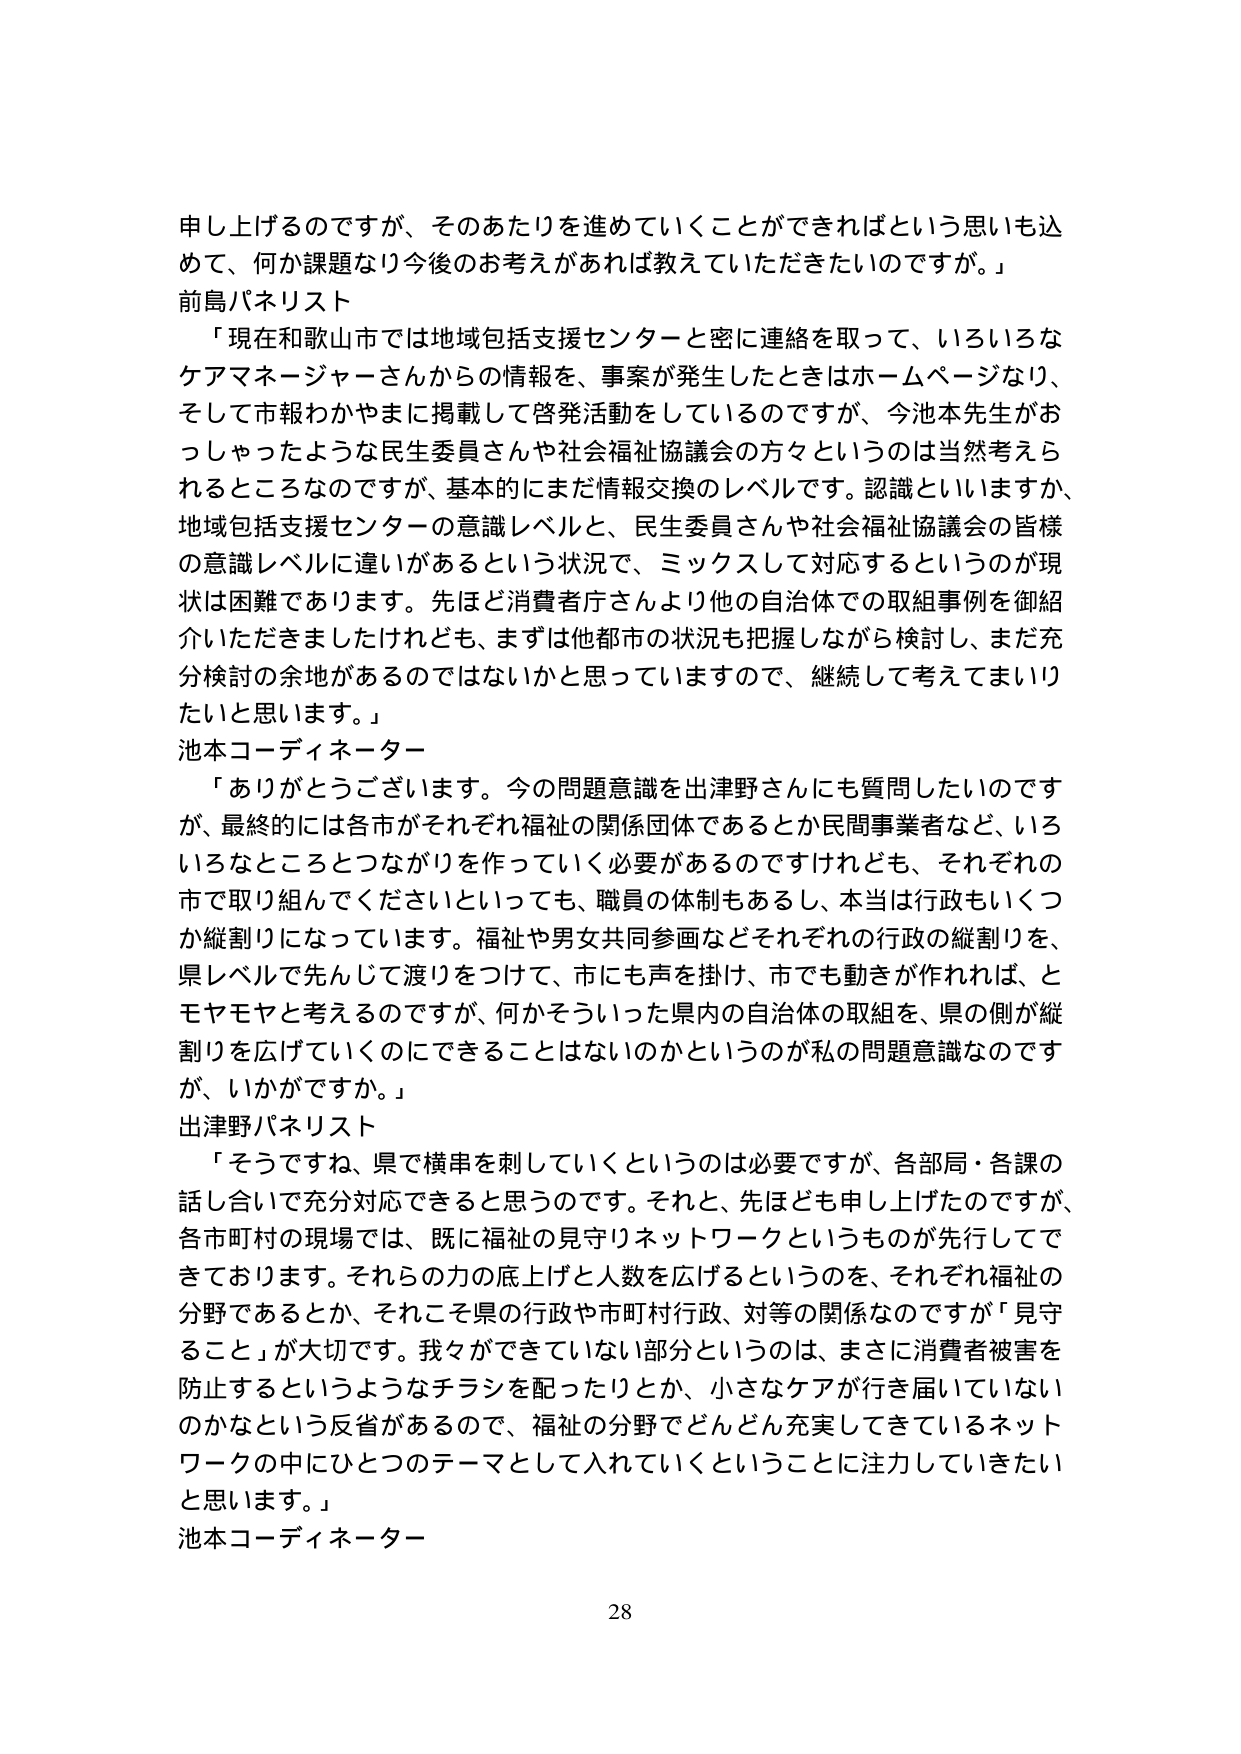
申し上げるのですが、そのあたりを進めていくことができればという思いも込めて、何か課題なり今後のお考えがあれば教えていただきたいのですが。」
前島パネリスト
「現在和歌山市では地域包括支援センターと密に連絡を取って、いろいろなケアマネージャーさんからの情報を、事案が発生したときはホームページなり、そして市報わかやまに掲載して啓発活動をしているのですが、今池本先生がおっしゃったような民生委員さんや社会福祉協議会の方々というのは当然考えられるところなのですが、基本的にまだ情報交換のレベルです。認識といいますか、地域包括支援センターの意識レベルと、民生委員さんや社会福祉協議会の皆様の意識レベルに違いがあるという状況で、ミックスして対応するというのが現状は困難であります。先ほど消費者庁さんより他の自治体での取組事例を御紹介いただきましたけれども、まずは他都市の状況も把握しながら検討し、まだ充分検討の余地があるのではないでしょうかと思っておりますので、継続して考えてまいりたいと思います。」
池本コーディネーター
「ありがとうございます。今の問題意識を出津野さんにも質問したいのですが、最終的には各市がそれぞれ福祉の関係団体であるとか民間事業者など、いろいろなところとつながりを作っていく必要があるのですけれども、それぞれの市で取り組んでくださいといっても、職員の体制もあるし、本当は行政もいくつか縦割りになっています。福祉や男女共同参画などそれぞれの行政の縦割りを、県レベルで先んじて渡りをつけて、市にも声を掛け、市でも動きが作れれば、とモヤモヤと考えるのですが、何かそういった県内の自治体の取組を、県の側が縦割りを広げていくのにできることはないのかというのが私の問題意識なのですが、いかがですか。」
出津野パネリスト
「そうですね、県で横串を刺していくというのは必要ですが、各部局・各課の話し合いで充分対応できると思うのです。それと、先ほども申し上げたのですが、各市町村の現場では、既に福祉の見守りネットワークというものが先行してできております。それらの力の底上げと人数を広げるというのを、それぞれ福祉の分野であるとか、それこそ県の行政や市町村行政、対等の関係なのですが「見守ること」が大切です。我々ができていない部分というのは、まさに消費者被害を防止するというようなチラシを配ったりとか、小さなケアが行き届いていないのかなという反省があるので、福祉の分野でどんどん充実してきているネットワークの中にひとつのテーマとして入れていくということに注力していきたいと思います。」
池本コーディネーター
28